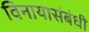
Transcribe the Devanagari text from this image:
विनायासंबंधी